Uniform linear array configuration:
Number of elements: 12
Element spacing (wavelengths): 1
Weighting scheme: hann
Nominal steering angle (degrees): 30
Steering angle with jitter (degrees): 31.647
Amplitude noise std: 0.05
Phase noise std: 0.05

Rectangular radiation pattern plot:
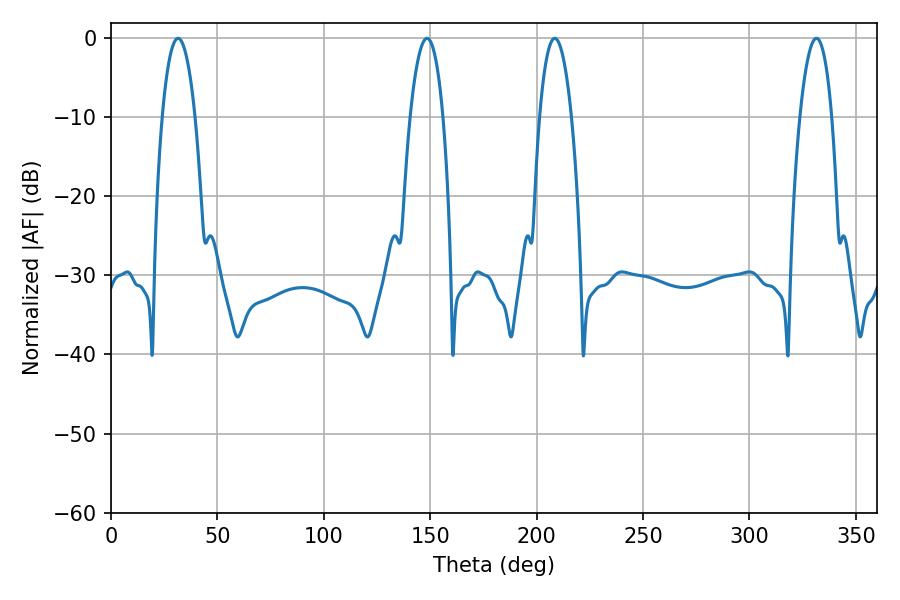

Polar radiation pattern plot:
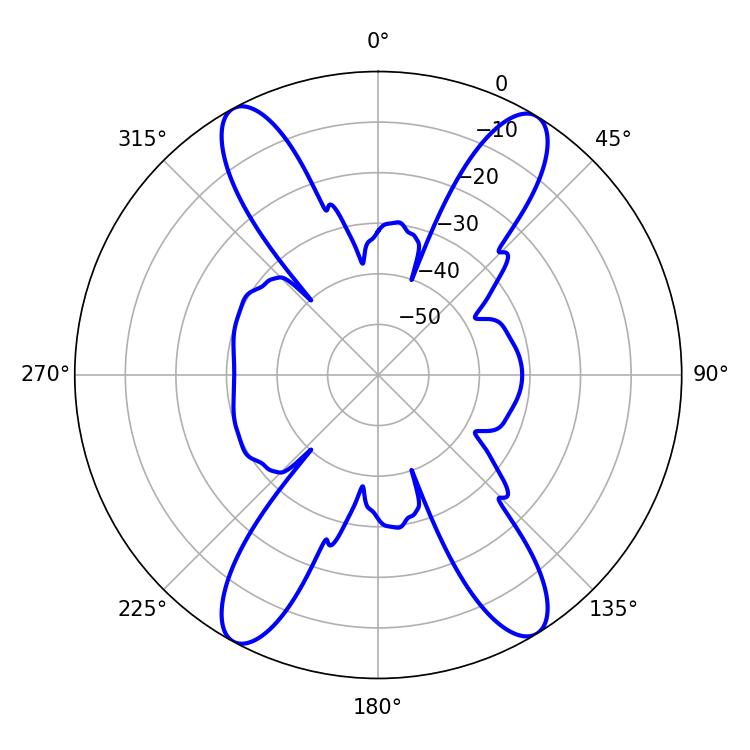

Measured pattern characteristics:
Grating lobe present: TRUE
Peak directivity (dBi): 20.334
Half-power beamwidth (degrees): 8.46
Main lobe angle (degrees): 31.5